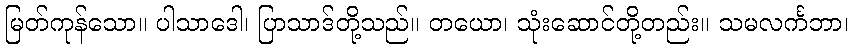
မြတ်ကုန်သော။ ပါသာဒေါ၊ ပြာသာဒ်တို့သည်။ တယော၊ သုံးဆောင်တို့တည်း။ သမလင်္ကဘာ၊